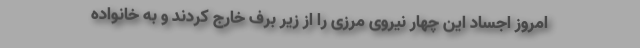
امروز اجساد این چهار نیروی مرزی را از زیر برف خارج کردند و به خانواده